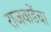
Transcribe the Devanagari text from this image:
राजवाडेंचा